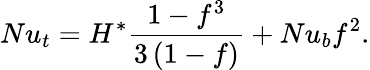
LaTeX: Nu_{t}=H^{*}\frac{1-f^{3}}{3\left(1-f\right)}+Nu_{b}f^{2}.